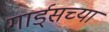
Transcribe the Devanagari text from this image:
गार्ड्‌सच्या